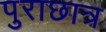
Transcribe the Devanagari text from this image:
पुराछात्र